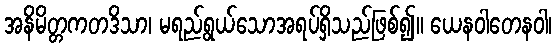
အနိမိတ္တကတဒိသာ၊ မရည်ရွယ်သောအရပ်ရှိသည်ဖြစ်၍။ ယေနဝါတေနဝါ၊